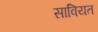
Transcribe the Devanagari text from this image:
सावियत